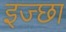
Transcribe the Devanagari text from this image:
इज्छा